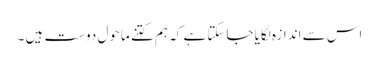
اس سے اندازہ لگایا جاسکتا ہے کہ ہم کتنے ماحول دوست ہیں ۔